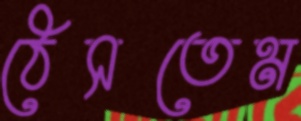
ঠেসতেম